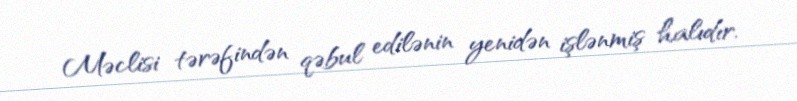
Məclisi tərəfindən qəbul edilənin yenidən işlənmiş halıdır.